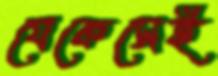
যেকেসেই